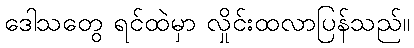
ဒေါသတွေ ရင်ထဲမှာ လှိုင်းထလာပြန်သည်။